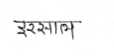
मजकूर: इरसाल